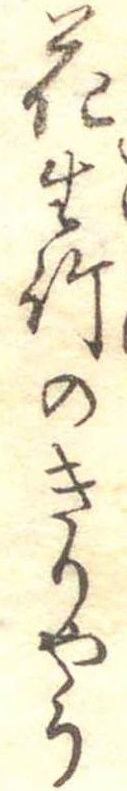
花生竹のきりやう